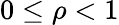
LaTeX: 0\leq\rho<1